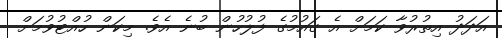
އަދަދު އިތުރުވާ ކަމަށް އެ ގައުމުގެ ފުލުހުން ބުނެ އެވެ. މިކަން ހުއްޓުވުމަށް